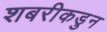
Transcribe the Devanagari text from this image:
शबरीकडुन